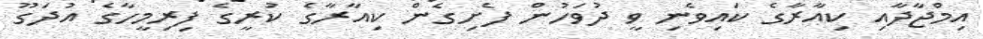
އިމްޖާާދާއި ކިއާރާގެ ކައިވެނި ވީ ދުވަހުން ފެށިގެން ކިއާރާގެ ކުރީގެ ފިރިމީހާގެ އުދަގޫ